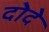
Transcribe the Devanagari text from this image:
दोदे